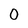
Character: 0